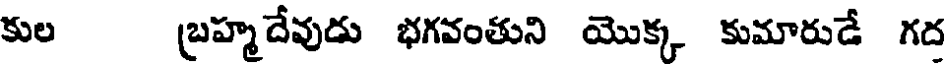
కుల బ్రహ్మదేవుడు భగవంతుని యొక్క కుమారుడే గద